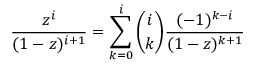
{ \frac { z ^ { i } } { ( 1 - z ) ^ { i + 1 } } } = \sum _ { k = 0 } ^ { i } { \binom { i } { k } } { \frac { ( - 1 ) ^ { k - i } } { ( 1 - z ) ^ { k + 1 } } }